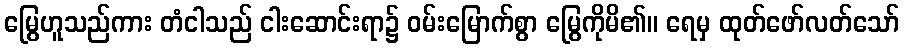
မြွေဟူသည်ကား တံငါသည် ငါးဆောင်းရာ၌ ဝမ်းမြောက်စွာ မြွေကိုမိ၏။ ရေမှ ထုတ်ဖော်လတ်သော်